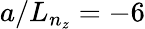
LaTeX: a/L_{n_{z}}=-6